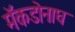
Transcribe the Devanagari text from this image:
मॅकडोनाघ